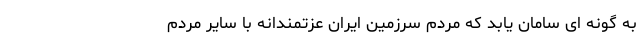
به گونه ای سامان یابد که مردم سرزمین ایران عزتمندانه با سایر مردم